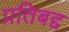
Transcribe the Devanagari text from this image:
प्रतिबद्द